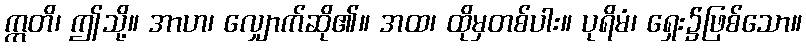
ဣတိ၊ ဤသို့။ အာဟ၊ လျှောက်ဆို၏။ အထ၊ ထိုမှတစ်ပါး။ ပုရိမံ၊ ရှေး၌ဖြစ်သော။